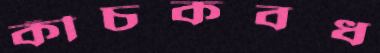
কীচকবধ